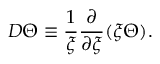
D \Theta \equiv \frac { 1 } { \xi } \frac { \partial } { \partial \xi } ( \xi \Theta ) .